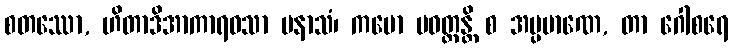
စတဿော, ဟိတာဒိအာကာရဝသာ ပနာသံ၊ ကမော ပဝတ္တန္တိ စ အပ္ပမာဏေ, တာ ဂေါစရေ